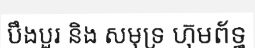
បឹងបួរ និង សមុទ្រ ហ៊ុមព័ទ្ធ